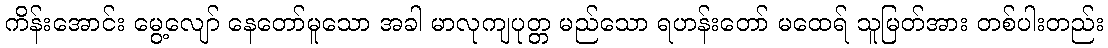
ကိန်းအောင်း မွေ့လျော် နေတော်မူသော အခါ မာလုကျပုတ္တ မည်သော ရဟန်းတော် မထေရ် သူမြတ်အား တစ်ပါးတည်း